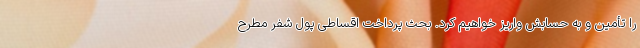
را تأمین و به حسابش واریز خواهیم کرد. بحث پرداخت اقساطی پول شفر مطرح